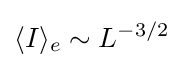
\langle I\rangle _{e}\sim L^{-3/2}